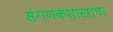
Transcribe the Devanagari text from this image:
संगणकशास्त्राचा